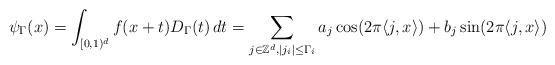
LaTeX: \begin{align*} \psi_{\Gamma}(x)=\int_{[0,1)^d}f(x+t)D_{\Gamma}(t)\,dt=\sum_{j\in\mathbb{Z}^d,|j_i|\leq\Gamma_i}a_j\cos(2\pi\langle j,x\rangle)+b_j\sin(2\pi\langle j,x\rangle)\end{align*}